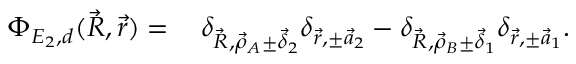
\begin{array} { r l } { \Phi _ { E _ { 2 } , d } ( \vec { R } , \vec { r } ) = \, } & { { } \delta _ { \vec { R } , \vec { \rho } _ { A } \pm \vec { \delta } _ { 2 } } \delta _ { \vec { r } , \pm \vec { a } _ { 2 } } - \delta _ { \vec { R } , \vec { \rho } _ { B } \pm \vec { \delta } _ { 1 } } \delta _ { \vec { r } , \pm \vec { a } _ { 1 } } . } \end{array}